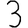
Digit: 3